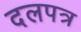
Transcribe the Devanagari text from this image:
दलपत्र